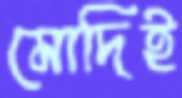
মোদিই